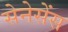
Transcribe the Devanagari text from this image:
सेनेसेंस